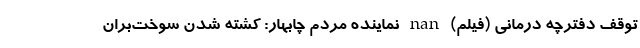
توقف دفترچه‌ درمانی (فیلم) nan نماینده مردم چابهار: کشته شدن سوخت‌بران